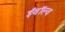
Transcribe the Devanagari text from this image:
ईवॉल्व